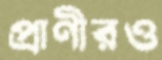
প্রাণীরও